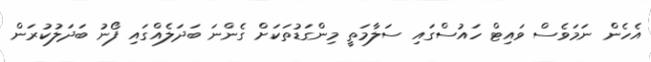
އެހެން ނަމަވެސް ވައިޓް ހައުސްގައި ސަލާމަތީ މިންގަޑުތަކަށް ގެންނަ ބަދަލެއްގައި ފޯނު ބަދަލުކުރަން